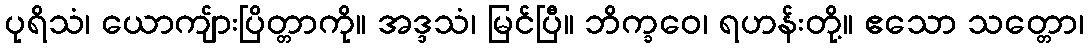
ပုရိသံ၊ ယောကျ်ားပြိတ္တာကို။ အဒ္ဒသံ၊ မြင်ပြီ။ ဘိက္ခဝေ၊ ရဟန်းတို့။ ဧသော သတ္တော၊